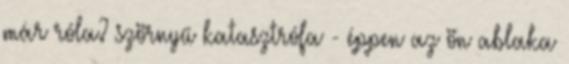
már róla? szörnyű katasztrófa - éppen az ön ablaka